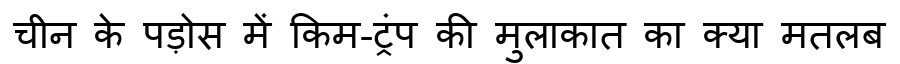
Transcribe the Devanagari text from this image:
चीन के पड़ोस में किम-ट्रंप की मुलाकात का क्या मतलब